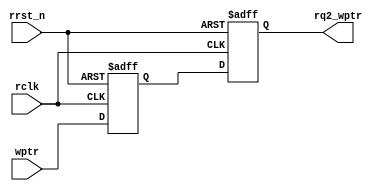
module sync_w2r #(parameter ADDR_SIZE = 12)
   (output reg [ADDR_SIZE:0] rq2_wptr,
    input [ADDR_SIZE:0] wptr,
    input rclk, rrst_n);
   reg [ADDR_SIZE:0] rq1_wptr;
   always @(posedge rclk or negedge rrst_n)
     if (!rrst_n) {rq2_wptr,rq1_wptr} <= 0;
     else {rq2_wptr,rq1_wptr} <= {rq1_wptr,wptr};
endmodule